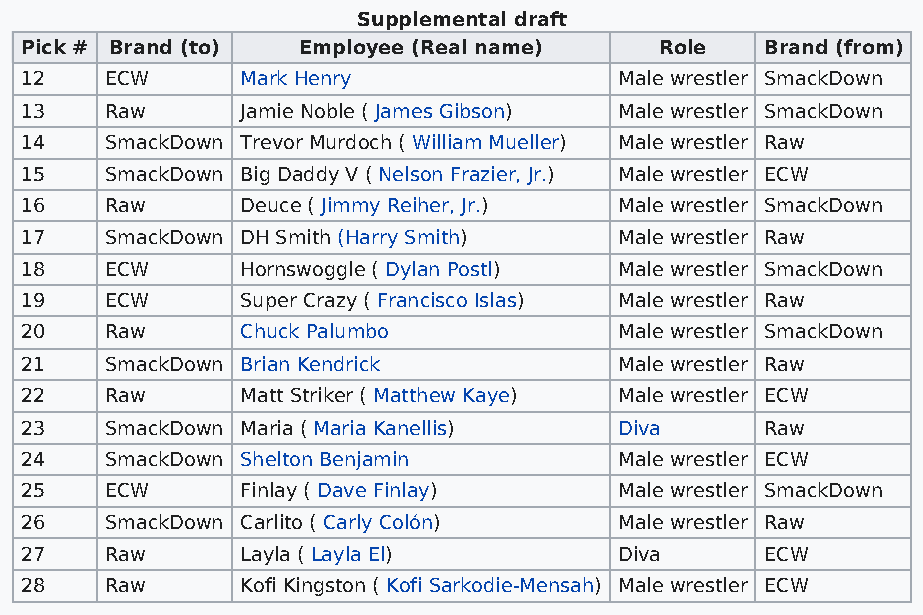
Supplemental draft
 Pick # Brand (to)  Employee (Real name)    Role   Brand (from)
 12    ECW      Mark Henry               Male wrestler SmackDown
 13    Raw      Jamie Noble ( James Gibson) Male wrestler SmackDown
 14    SmackDown Trevor Murdoch ( William Mueller) Male wrestler Raw
 15    SmackDown Big Daddy V ( Nelson Frazier, Jr.) Male wrestler ECW
 16    Raw      Deuce ( Jimmy Reiher, Jr.) Male wrestler SmackDown
 17    SmackDown DH Smith (Harry Smith)  Male wrestler Raw
 18    ECW      Hornswoggle ( Dylan Postl) Male wrestler SmackDown
 19    ECW      Super Crazy ( Francisco Islas) Male wrestler Raw
 20    Raw      Chuck Palumbo            Male wrestler SmackDown
 21    SmackDown Brian Kendrick          Male wrestler Raw
 22    Raw      Matt Striker ( Matthew Kaye) Male wrestler ECW
 23    SmackDown Maria ( Maria Kanellis) Diva      Raw
 24    SmackDown Shelton Benjamin        Male wrestler ECW
 25    ECW      Finlay ( Dave Finlay)    Male wrestler SmackDown
 26    SmackDown Carlito ( Carly Colón)  Male wrestler Raw
 27    Raw      Layla ( Layla El)        Diva      ECW
 28    Raw      Kofi Kingston ( Kofi Sarkodie-Mensah) Male wrestler ECW